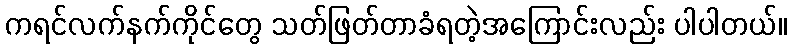
ကရင်လက်နက်ကိုင်တွေ သတ်ဖြတ်တာခံရတဲ့အကြောင်းလည်း ပါပါတယ်။